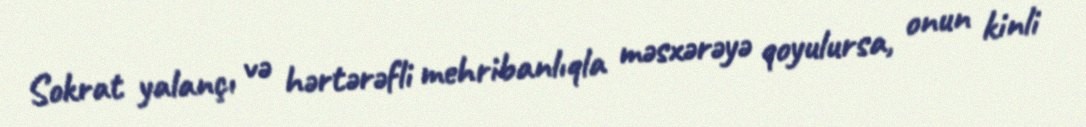
Sokrat yalançı və hərtərəfli mehribanlıqla məsxərəyə qoyulursa, onun kinli